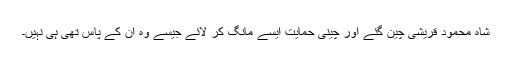
شاہ محمود قریشی چین گئے اور چینی حمایت ایسے مانگ کر لائے جیسے وہ ان کے پاس تھی ہی نہیں۔